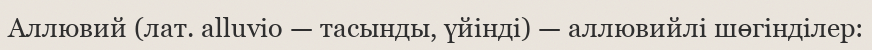
Аллювий (лат. аlluvіо — тасынды, үйінді) — аллювийлі шөгінділер: